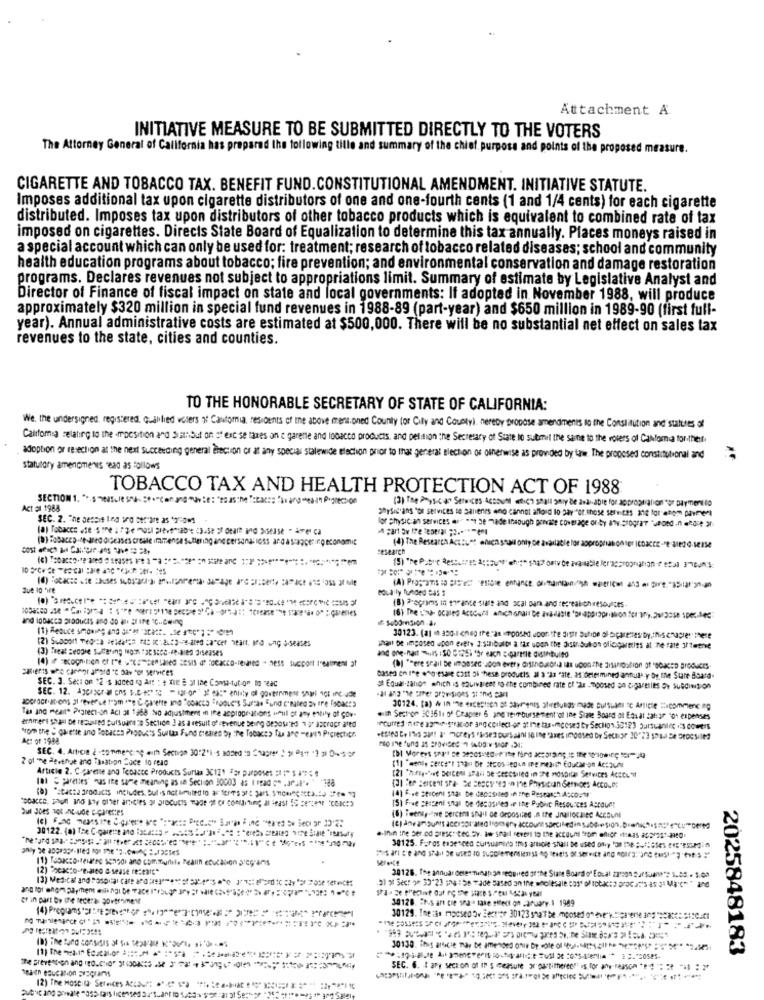
Attachment A
INITIATIVE MEASURE TO BE SUBMITTED DIRECTLY TO THE VOTERS
The Attorney General of California has prepared the following tille and summary of the chief. purpose and points of the proposed measure.
CIGARETTE AND TOBACCO TAX. BENEFIT FUND.CONSTITUTIONAL AMENDMENT. INITIATIVE STATUTE.
Imposes additional tax upon cigarette distributors of one and one-fourth cents (1 and 1/4 cents) for each cigarette
distributed. Imposes tax upon distributors of other tobacco products which is equivalent to combined rate of tax
imposed on cigarettes. Directs State Board of Equalization to determine this tax annually. Places moneys raised in
a special account which can only be used for: treatment; research of tobacco related diseases; school and community
health education programs about tobacco; fire prevention; and environmental conservation and damage restoration
programs. Declares revenues not subject to appropriations limit. Summary of estimate by Legislative Analyst and
Director of Finance of fiscal impact on state and local governments: If adopted in November 1988, will produce
approximately $320 million in special fund revenues in 1988-89 (part-year) and $650 million in 1989-90 (first full-
year). Annual administrative costs are estimated at $500,000. There will be no substantial net effect on sales tax
revenues to the state, cities and counties.
TO THE HONORABLE SECRETARY OF STATE OF CALIFORNIA:
We. the undersigned registered Qualified wciers of Cantoria, residents of the above mentioned County for City and County), hereby propose amendments to the Constitution and statues of
California relating to the mocsition and Sathiout on st excise taxes on e gareme and looacto products, and petition the Secretary of State. to submit the same to the rovers of Calforma for-therf.
adoption or resection at the next Succeeding general Erection cs at any special stalewide elechon prior to that general election of otherwise as provided by taw. The proposed constitutional and
statutory amencmenus read as follows
TOBACCO TAX AND HEALTH PROTECTION ACT OF 1988
(3) The Physical" Services Account which shall poly de and able for approprialion "or paymento
Act #1 1988
SEC. 2. The pesait Ino vo bec"are as *rows
physicians "or services se sallienes eno cannot afford llo payfor.those selvitas 312 for atom Daverl
lor physician services en ese be made insough porcate coverage oniby any.program "sed .ni chole 3
(4) The Research Account ellen snail only oe available for aoprophabon ser IDacce-re Jedo-seise
research
Sue 10 hire
BOLaily funded Das $
(8) Programs in trance siale and scal park and recrealichresources-
shall be imposed upon erthe 3:Sinibaldi a far upon the distribution oficigarnies at the rate 3leere
SEC. 3. Seci om :2 s aaced do art : e mule & at in Cons-tution ore
Based on the wholesale cost ol "hese produitis al a "as "ate, as determined annul) y by the Stare Board
de Equal.lahoe which is soulvaleet ro-che combined rate of "ar Imposed on cigaresles or Suedinsion
Tas and meait* Pegrect-on Aci at 1968 No adjustment in ine aspropriations imil of any entily af Cow-
with Sector 303611 of Ceapier 6 angrer bursement of ine Siate Board of Edual tat: 30 10+ expenses
ernment so as De required pulSurazo Section 3 as a result of devenue being decosa'ed 19 asror-ated
from the : caretle and Robacss Products Sulla Fund creares by the Tobacco Tas ane -ein Prerection
Act of 1988
SEC. 4. Article 2 -commencing with Section 30"2") -5 added 19 5'tore" 1 11 94* * 3 31 0-55
Article 2. C-parete ang Teoacce Products Surtax 3C121 Far purposes = " $ **** *
(8) ℃ paretses' nas ite same meaning as in Section 30003 as I read " .Jest".
(2) ****** SeICEN Shall be Ceciled in the Hospital Services ACCOL"
(3) Fer Bercent sra- 2 secy "e - the Physicaln Semoes Account
(8) "sacca products includes. Butis not limitedto ar ferTs at pars.a.
(4) .. e seiceni shas De depositen in the Research Acco.14
Sul does not Include c-çarettes
15) Five percent shal be decosiles in the Public Resources Account
(6) Twenty-five percent shall be deposited in the Jnallocalec ACEBunl
"he "und smar compost." all the" at sectores "e"e" : "Lar" "" " Ct vores ="
30125. F.ros eagerced cursuantes Ims amole shall be used ohy 'os re :; dies "5"SMdi
(1) Tobacco-teuree sonodi ano communile Realin education steg-ans
(2) "scacco-re.ao a-sease researc"
(3) Medical and Posocial care ada **** "s " Jiafordi "=etc
(2) > See! om 33"23 1ha:58 Fade- based on the wholesale cost of tobacco procat's as 3 Mai"" ah
er in part be the federal government
30128. #hus are cie sea - taxe sieci on January. 1 1989
(4) Preços **: * ***********
30130. This article may be amended onie Dy. role of Mor, MAIS Il "e """""" ="2" *2.53
2025848183
The prevention and reduce" glass Se area "angie";" com
SEC. 6. I are section of In s cellule or partimere"" is for whereas *# == ==